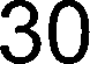
30